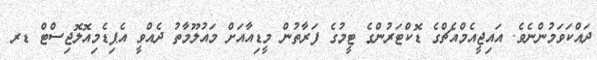
ދައްކަވަމުންނެވެ. އައިޖީއެމްއެޗްގެ ޑޮކްޓަރުންގެ ޓީމުގެ ފަރާތުން މީޑިއާއަށް މައުލޫމާތު ދެއްވީ އެޕިޑެމިއޮލޮޖިސްޓް ޑރ